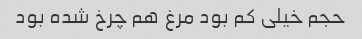
حجم خیلی کم بود مرغ هم چرخ شده بود